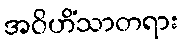
အဝိဟိံသာတရား